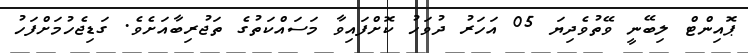
ޕޮއިންޓް ލިބޭނީ ވޭތުވެދިޔަ 05 އަހަރު ދުވަހު ކޮށްފައިވާ މަސައްކަތުގެ ތަޖުރިބާއަށެވެ. ގަޑިޖެހުމަށްފަހު